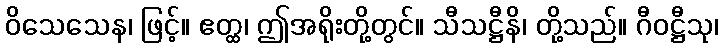
ဝိသေသေန၊ ဖြင့်။ ဧတ္ထ၊ ဤအရိုးတို့တွင်။ သီသဋ္ဌီနိ၊ တို့သည်။ ဂီဝဋ္ဌီသု၊